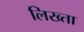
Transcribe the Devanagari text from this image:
लिख्ता